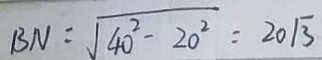
B N = \sqrt { 4 0 ^ { 2 } - 2 0 ^ { 2 } } = 2 0 \sqrt { 3 }